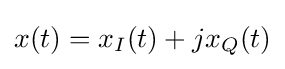
x(t)=x_{I}(t)+jx_{Q}(t)